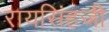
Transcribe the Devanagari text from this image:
रायसिंहजी